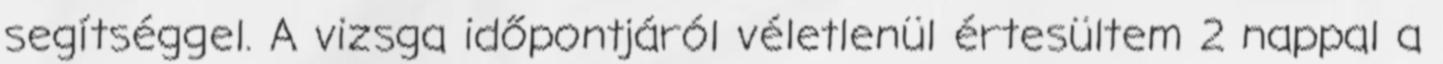
segítséggel. A vizsga időpontjáról véletlenül értesültem 2 nappal a